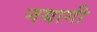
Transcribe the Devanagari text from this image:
नयागी